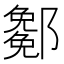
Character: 𨞭